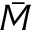
\bar { M }